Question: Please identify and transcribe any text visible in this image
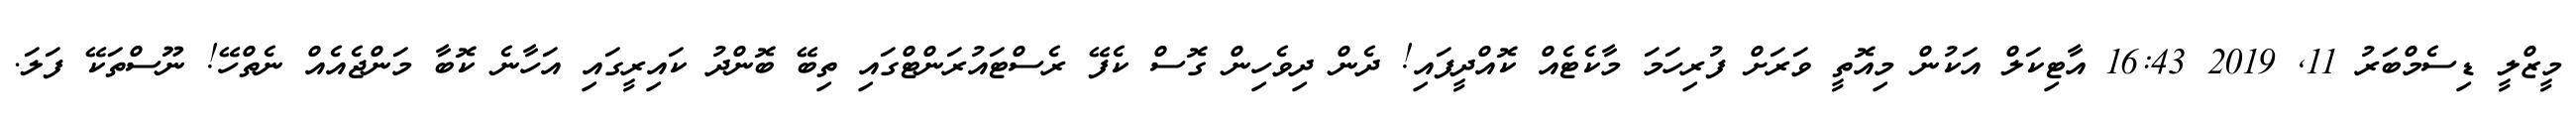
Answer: މީޒްލީ ޑިސެމްބަރު 11, 2019 16:43 އާޓިކަލް އަކުން މިއޮތީ ވަރަށް ފުރިހަމަ މާކެޓެއް ކޮއްދީފައި! ދެން ދިވެހިން ގޮސް ކެފޭ ރެސްޓައުރަންޓްގައި ތިބޭ ބޮންދު ކައިރީގައި އަހާނެ ކޮބާ މަންޖެއެއް ނެތްހޭ! ނޫސްތަކޭ ފަލަ.